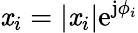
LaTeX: \mathit{x}_{i}=|\mathit{x}_{i}|\mathrm{{e}}^{\mathrm{{j}}\phi_{i}}